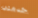
خدمتي